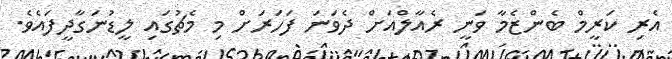
އެރި ކަރީމް ބެންޒެމާ ވަނީ ރެއާލްއަށް ދެވަނަ ފަހަރަށް މި މެޗުގައި ލީޑުނަގާދީފައެވެ.